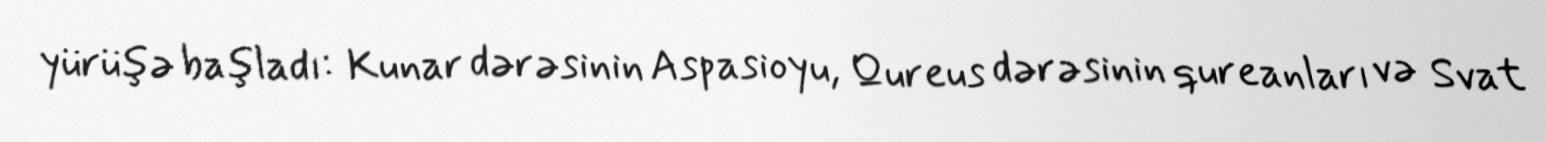
yürüşə başladı: Kunar dərəsinin Aspasioyu, Qureus dərəsinin qureanları və Svat